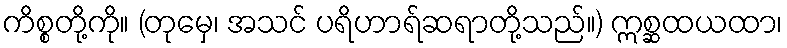
ကိစ္စတို့ကို။ (တုမှေ၊ အသင် ပရိဟာရ်ဆရာတို့သည်။) ဣစ္ဆထယထာ၊